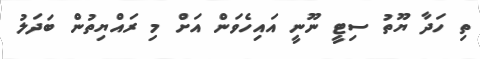
ތި ހަދާ ޔޫތު ސިޓީ ނޫނީ އައިހެވަން އަށް މި ރައްޔިތުން ބަދަލު